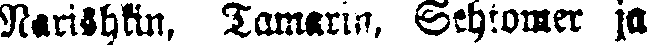
Narishkin, Tamarin, Sehtomer ja